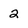
Character: 2